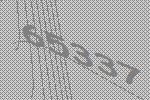
65337